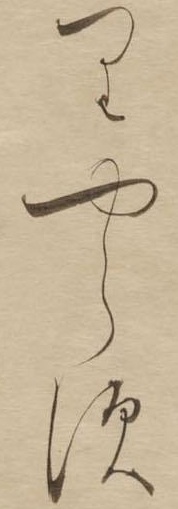
りやらす